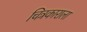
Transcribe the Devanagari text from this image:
चित्रकाराला